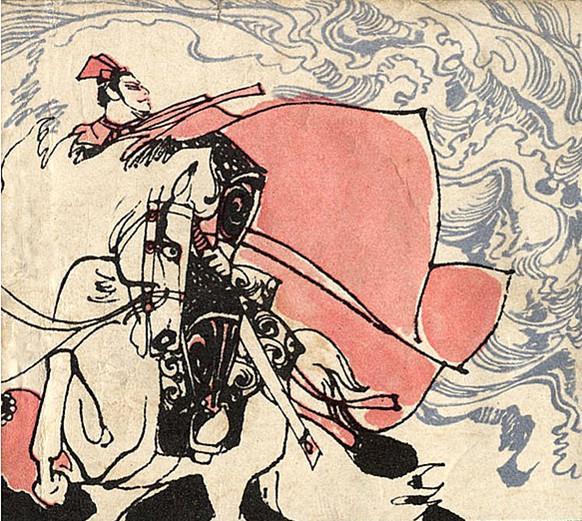
仁义礼善之于人也，辟之若货财粟米之于家也。